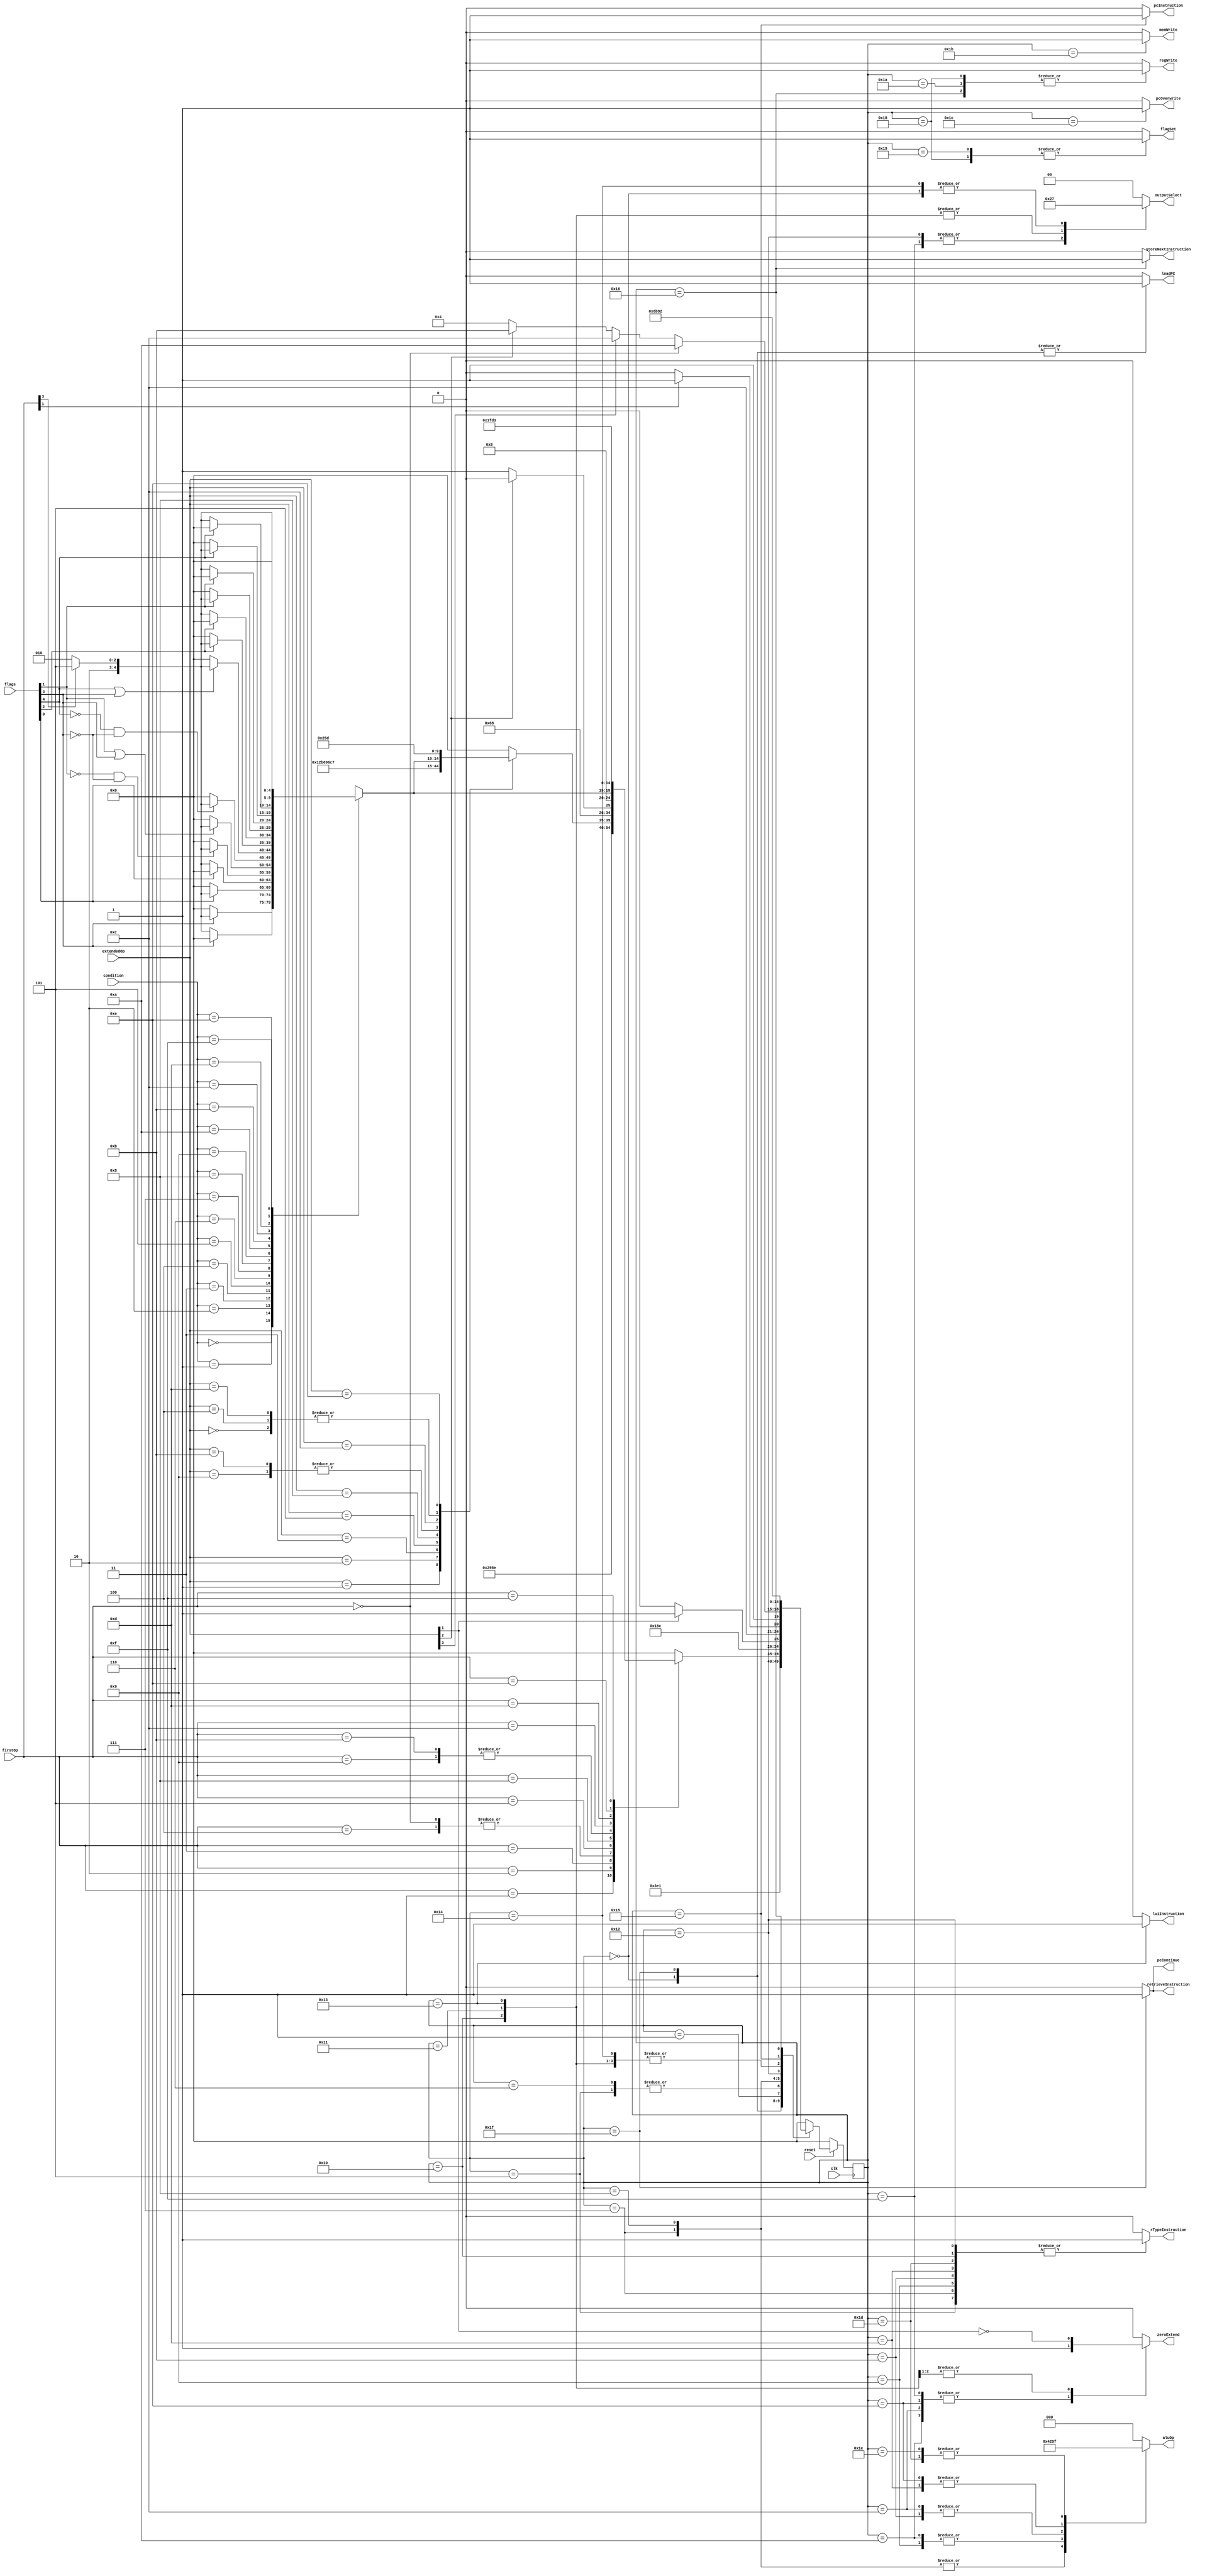
// CONTROLLER MODULE
/*************************************************************/
// 
// outputSelect is default 0 (result of the ALU)
// outputSelect = 01 (result of shifter [SHIFT])
// outputSelect = 10 (copies either RSrc or Immd [COPY])
// outputSelect = 11 (reads from memory [LOAD])
//
// FETCH - retrieveInstruction, pcContinue
// IF DOES NOT WORK, DO THIS
// FETCH1 - retrieveInstruction, LOAD
// FETCH2 - retrieveInstruction, pcContinue
//
// After the instruction is updated...
//
// DECODE - Look at OP CODE
// OP CODE
// 0000 - Look at EXTENDED OP CODE
// 0001 - ANDI -> WRITETOREG
// 0010 - ORI -> WRITETOREG
// 0011 - XORI -> WRITETOREG
// 0100 - Look at EXTENDED OP CODE
// 0101 - ADDI -> WRITEANDSETFLAGS
// 1000 - Look at SHIFTS
// 1001 - SUBI -> [Check OPCODE[1]] -> WRITEANDSETFLAGS
// 1011 - SUBI -> [Check OPCODE[1]] -> ONLYSETFLAGS (CMPI)
// 1100 - [Check Conditions] -> BRANCH -> WRITETOPC
// 1101 - MOVI -> WRITETOREG
// 1111 - LUI -> MEMLOAD -> WRITETOREG
// EXTENDED OP CODE
// 0000 - MOV -> [Check OPCODE[2]] -> MEMLOAD -> WRITETOREG (LOAD)
// 0001 - AND -> WRITETOREG
// 0010 - OR -> WRITETOREG
// 0011 - XOR -> WRITETOREG
// 0100 - MOV -> [Check OPCODE[2]] -> WRITETOMEM (STOR)
// 0101 - ADD -> WRITEANDSETFLAGS
// 1000 - JAL -> (MOV -> WRITETOPC) (JUMP)
// 1001 - SUB -> [Check OPCODE[1]] -> WRITEANDSETFLAGS
// 1011 - SUB -> [Check OPCODE[1]] -> ONLYSETFLAGS (CMP)
// 1100 - [Check Conditions] -> MOV -> WRITETOPC (JUMP)
// 1101 - MOV -> WRITETOREG
// SHIFTS
// 000s - SHFTI -> WRITETOREG (LSHI)
// 001s - SHFTI -> WRITETOREG (ASHUI)
// 0100 - SHFT -> WRITETOREG (LSH)
// 0110 - SHFT -> WRITETOREG (ASHU)
// SPECIAL
//
// [AT THE END OF EACH CHAIN, GO BACK TO FETCH (-> FETCH)]
// 
// SIMPLIFIED STATES
//
// ADD - rTypeInstruction, 000
// ADDI - 000
// MUL - rTypeInstruction, 111
// MULI - 111
// |
// v
// WRITEANDSETFLAGS - regWrite, flagSet
//
// SUB - rTypeInstruction, 100
// SUBI - 100
// | OPCODE[1] == 0
// v
// WRITEANDSETFLAGS - regWrite, flagSet
// | OPCODE[1] == 1
// v
// ONLYSETFLAGS - flagSet (CMP and CMPI)
//
// AND - rTypeInstruction, 001
// ANDI - zeroExtend, 001
// OR - rTypeInstruction, 010
// ORI - zeroExtend, 010
// XOR - rTypeInstruction, 011
// XORI - zeroExtend, 011
// MOV - rTypeInstruction, COPY
// MOVI - zeroExtend, COPY
// SHFT - rTypeInstruction, SHIFT, zeroExtend = !EXTENDEDOPCODE[1]
// SHFTI - SHIFT, zeroExtend = !EXTENDEDOPCODE[1]
// |
// v
// WRITETOREG - regWrite
//
// LUI - luiInstruction, SHIFT
// |
// v
// WRITETOREG - regWrite
//
// (LOAD)
// MOV - rTypeInstruction, COPY
// | OPCODE[2] == 0
// v
// MEMLOAD - LOAD
// |
// v
// WRITETOREG - regWrite
// 
// (STOR)
// MOV - rTypeInstruction, COPY
// | OPCODE[2] == 1
// v
// WRITETOMEM - memWrite
//
// [These next two instructions must have passed condition checks before executing]
// (JUMP)
// MOV - rTypeInstruction, COPY
// | OPCODE[3] == 1
// v
// WRITETOPC - pcOverwrite
//
// BRANCH - pcInstruction, 000
// |
// v
// WRITETOPC - pcOverwrite
//
// (JAL)
// JAL - storeNextInstruction, regWrite
// |
// v
// (JUMP)
// 
// [At the end of each instruction chain, go back to FETCH]
module controller(input clk, reset,
                  input [3:0] firstOp,
		  input [3:0] condition,
                  input [3:0] extendedOp,
                  input [4:0] flags,
                  output reg [2:0] aluOp,
                  output reg [1:0] outputSelect,
                  output reg regWrite, memWrite, luiInstruction, retrieveInstruction,
                             zeroExtend, pcContinue, pcOverwrite, flagSet, rTypeInstruction,
                             pcInstruction, storeNextInstruction, loadPC);
    
    // Parameters for states.
    parameter   FETCH1           = 5'b00000;
    parameter   FETCH2           = 5'b11111;
    parameter   DECODE           = 5'b00001;
    // parameter   SPECIALDECODE    = 5'b00010;
    // parameter   CONDITIONCHECK   = 5'b00011;
    // parameter   PASSCONDITION    = 5'b00100;
    parameter   ADD              = 5'b00101;
    parameter   ADDI             = 5'b00110;
    parameter   SUB              = 5'b00111;
    parameter   SUBI             = 5'b01000;
    parameter   AND              = 5'b01001;
    parameter   ANDI             = 5'b01010;
    parameter   OR               = 5'b01011;
    parameter   ORI              = 5'b01100;
    parameter   XOR              = 5'b01101;
    parameter   XORI             = 5'b01110;
    parameter   MOVI             = 5'b01111;
    parameter   SHFT             = 5'b10000;
    parameter   SHFTI            = 5'b10001;
    parameter   MOV              = 5'b10010;
    parameter   LUI              = 5'b10011;
    parameter   MEMLOAD          = 5'b10100;
    parameter   BRANCH           = 5'b10101;
    parameter   JAL              = 5'b10110;
    // parameter   JUMP             = 5'b10111;
    parameter   WRITEANDSETFLAGS = 5'b11000;
    parameter   ONLYSETFLAGS     = 5'b11001;
    parameter   WRITETOREG       = 5'b11010;
    parameter   WRITETOMEM       = 5'b11011;
    parameter   WRITETOPC        = 5'b11100;
    parameter   MUL              = 5'b11101;
    parameter   MULI             = 5'b11110;

    // Parameters for condition codes
    parameter EQ    = 4'b0000;
    parameter NE    = 4'b0001;
    parameter CS    = 4'b0010;
    parameter CC    = 4'b0011;
    parameter HI    = 4'b0100;
    parameter LS    = 4'b0101;
    parameter GT    = 4'b0110;
    parameter LE    = 4'b0111;
    parameter FS    = 4'b1000;
    parameter FC    = 4'b1001;
    parameter LO    = 4'b1010;
    parameter HS    = 4'b1011;
    parameter LT    = 4'b1100;
    parameter GE    = 4'b1101;
    parameter UC    = 4'b1110;
    parameter NJ    = 4'b1111;

    reg [4:0] state, nextstate; 

    // Assign flag bits for checking
    wire negative, zero, flag, low, carry;
    assign negative = flags[4];
    assign zero = flags[3];
    assign flag = flags[2];
    assign low = flags[1];
    assign carry = flags[0];

    // state register
    always @(posedge clk)
      if(~reset) state <= FETCH1;
      else state <= nextstate;

    // Functions for decoding
    // This function will check the extended op code
    function [4:0] specialDecode(input [3:0] extendedOpCode);
        case(extendedOpCode)
            4'b0000: specialDecode = MOV; // LOAD
            4'b0001: specialDecode = AND;
            4'b0010: specialDecode = OR;
            4'b0011: specialDecode = XOR;
            4'b0100: specialDecode = MOV; // STOR
            4'b0101: specialDecode = ADD;
            4'b1000: specialDecode = JAL;
            4'b1001: specialDecode = SUB;
            4'b1011: specialDecode = SUB;
            4'b1100: specialDecode = conditionCheck(condition);
            4'b1101: specialDecode = MOV;
            4'b1110: specialDecode = MUL;
            default: specialDecode = FETCH1; // should never happen
        endcase
    endfunction

    // This function will check the condition code
    function [4:0] conditionCheck(input [3:0] cond);
        case(cond)
            EQ: begin
                    if (zero) // EQUAL (EQ)
                        conditionCheck = passCondition(firstOp[3]);
                    else
                        conditionCheck = FETCH1;
                end
            NE: begin
                    if (!zero) // NOT EQUAL (NE)
                        conditionCheck = passCondition(firstOp[3]);
                    else
                        conditionCheck = FETCH1;
                end
            CS: begin
                    if (carry) // CARRY SET (CS)
                        conditionCheck = passCondition(firstOp[3]);
                    else
                        conditionCheck = FETCH1;
                end
            CC: begin
                    if (!carry) // CARRY CLEAR (CC)
                        conditionCheck = passCondition(firstOp[3]);
                    else
                        conditionCheck = FETCH1;
                end
            HI: begin
                    if (!low && !zero) // HIGHER THAN (HI)
                        conditionCheck = passCondition(firstOp[3]);
                    else
                        conditionCheck = FETCH1;
                end
            LS: begin
                    if (low || zero) // LOWER THAN OR SAME AS (LS)
                        conditionCheck = passCondition(firstOp[3]);
                    else
                        conditionCheck = FETCH1;
                end
            GT: begin
                    if (!negative && !zero) // GREATER THAN (GT)
                        conditionCheck = passCondition(firstOp[3]);
                    else
                        conditionCheck = FETCH1;
                end
            LE: begin
                    if (negative || zero) // LESS THAN OR EQUAL (LE)
                        conditionCheck = passCondition(firstOp[3]);
                    else
                        conditionCheck = FETCH1;
                end
            FS: begin
                    if (flag) // FLAG SET (FS)
                        conditionCheck = passCondition(firstOp[3]);
                    else
                        conditionCheck = FETCH1;
                end
            FC: begin
                    if (!flag) // FLAG CLEAR (FC)
                        conditionCheck = passCondition(firstOp[3]);
                    else
                        conditionCheck = FETCH1;
                end
            LO: begin
                    if (low) // LOWER THAN (LO)
                        conditionCheck = passCondition(firstOp[3]);
                    else
                        conditionCheck = FETCH1;
                end
            HS: begin
                    if (!low) // HIGHER THAN OR SAME AS (HS)
                        conditionCheck = passCondition(firstOp[3]);
                    else
                        conditionCheck = FETCH1;
                end
            LT: begin
                    if (negative) // LESS THAN (LT)
                        conditionCheck = passCondition(firstOp[3]);
                    else
                        conditionCheck = FETCH1;
                end
            GE: begin
                    if (!negative) // GREATER THAN OR EQUAL (GE)
                        conditionCheck = passCondition(firstOp[3]);
                    else
                        conditionCheck = FETCH1;
                end
            UC: conditionCheck = passCondition(firstOp[3]); // UNCONDITIONAL (UC)
            NJ: conditionCheck = FETCH1; // NEVER JUMP ()
            default: conditionCheck = FETCH1; // should never happen
        endcase
    endfunction

    // This function will decide a branch or jump
    function [4:0] passCondition(input startBranch);
        if (startBranch) passCondition = BRANCH;
        else passCondition = MOV; // Jump
    endfunction       

    // next state logic (combinational)
    always @(*)
      begin
         case(state)
            FETCH1:  nextstate <= FETCH2;
            FETCH2:  nextstate <= DECODE;
            DECODE:  case(firstOp)
                        4'b0000: nextstate <= specialDecode(extendedOp); // R-Type Instructions
                        4'b0001: nextstate <= ANDI;
                        4'b0010: nextstate <= ORI;
                        4'b0011: nextstate <= XORI;
						4'b0100: nextstate <= specialDecode(extendedOp); // Special Instructions
                        4'b0101: nextstate <= ADDI;
                        4'b1000: begin
                                if (extendedOp[2]) nextstate <= SHFT; // LSH, ASHU
                                else nextstate <= SHFTI; // LSHI, ASHUI 
                            end
                        4'b1001: nextstate <= SUBI;
                        4'b1011: nextstate <= SUBI;
                        4'b1100: nextstate <= conditionCheck(condition);
                        4'b1101: nextstate <= MOVI;
                        4'b1110: nextstate <= MULI;
                        4'b1111: nextstate <= LUI;
                        default: nextstate <= FETCH1; // should never happen
                     endcase
            ADD: nextstate <= WRITEANDSETFLAGS;
            ADDI: nextstate <= WRITEANDSETFLAGS;
            SUB: begin
                    if (extendedOp[1]) nextstate <= ONLYSETFLAGS; // CMP
                    else nextstate <= WRITEANDSETFLAGS; // SUB
                end
            SUBI: begin
                    if (firstOp[1]) nextstate <= ONLYSETFLAGS; // CMPI
                    else nextstate <= WRITEANDSETFLAGS; // SUBI
                end
            AND: nextstate <= WRITETOREG;
            ANDI: nextstate <= WRITETOREG;
            OR: nextstate <= WRITETOREG;
            ORI: nextstate <= WRITETOREG;
            XOR: nextstate <= WRITETOREG;
            XORI: nextstate <= WRITETOREG;
            MUL: nextstate <= WRITETOREG;
            MULI: nextstate <= WRITETOREG;
            MOVI: nextstate <= WRITETOREG;
            SHFT: nextstate <= WRITETOREG;
            SHFTI: nextstate <= WRITETOREG;
            MOV: begin
                    if (firstOp == 4'b0000) nextstate <= WRITETOREG; // MOV
                    else begin
                        if (extendedOp[3]) nextstate <= WRITETOPC; // JUMP
                        else if (extendedOp[2]) nextstate <= WRITETOMEM; // STOR
                        else nextstate <= MEMLOAD; // LOAD
                    end
                end
            LUI: nextstate <= WRITETOREG;
            MEMLOAD: nextstate <= WRITETOREG;
            BRANCH: nextstate <= WRITETOPC;
            JAL: nextstate <= MOV; // Performs a jump
            WRITEANDSETFLAGS: nextstate <= FETCH1;
            ONLYSETFLAGS: nextstate <= FETCH1;
            WRITETOREG: nextstate <= FETCH1;
            WRITETOMEM: nextstate <= FETCH1;
            WRITETOPC: nextstate <= FETCH1;
            default: nextstate <= FETCH1; // should never happen
         endcase
      end

    // This combinational block generates the outputs from each state. 
    always @(*) begin
         // Set all outputs to 0.
	  aluOp                <= 3'b000;
	  outputSelect         <= 2'b00;
	  regWrite             <= 0;
	  memWrite             <= 0;
	  luiInstruction       <= 0;
	  retrieveInstruction  <= 0;
	  zeroExtend           <= 0;
	  pcContinue           <= 0;
	  pcOverwrite          <= 0;
	  flagSet              <= 0;
	  rTypeInstruction     <= 0;
	  pcInstruction        <= 0;
	  storeNextInstruction <= 0;
      loadPC               <= 0;
	  // Based on state, set outputs.
          case (state)
		FETCH1: begin
				loadPC <= 1;
				outputSelect <= 2'b11; //LOAD				
			end
        FETCH2: begin
                loadPC <= 1;
                retrieveInstruction <= 1;
                pcContinue <= 1;
            end
		DECODE: begin
				// No flags - does nothing
			end
		ADD: begin
				rTypeInstruction <= 1;
				aluOp <= 3'b000;
			end
		ADDI: begin
				aluOp <= 3'b000;
			end
		SUB: begin
				rTypeInstruction <= 1;
				aluOp <= 3'b100;
			end
		SUBI: begin
				aluOp <= 3'b100;
			end
		AND: begin
				rTypeInstruction <= 1;
				aluOp <= 3'b001;
			end
		ANDI: begin
				zeroExtend <= 1;
				aluOp <= 3'b001;
			end
		OR: begin
				rTypeInstruction <= 1;
				aluOp <= 3'b010;
			end
		ORI: begin
				zeroExtend <= 1;
				aluOp <= 3'b010;
			end
		XOR: begin
				rTypeInstruction <= 1;
				aluOp <= 3'b011;
			end
		XORI: begin
				zeroExtend <= 1;
				aluOp <= 3'b011;
			end
        MUL: begin
                rTypeInstruction <= 1;
                aluOp <= 3'b111;
            end
        MULI: begin
                aluOp <= 3'b111;
            end
		MOVI: begin
				zeroExtend <= 1;
				outputSelect <= 2'b10; //COPY
			end
		SHFT: begin
				rTypeInstruction <= 1;
                zeroExtend <= !extendedOp[1]; // LSH = 1, ASHU = 0
				outputSelect <= 2'b01; //SHIFT
			end
		SHFTI: begin
                zeroExtend <= !extendedOp[1]; // LSHI = 1, ASHU = 0
				outputSelect <= 2'b01; //SHIFT					
			end
		MOV: begin
				rTypeInstruction <= 1;
				outputSelect <= 2'b10; //COPY
			end
		LUI: begin
				luiInstruction <= 1;
				outputSelect <= 2'b01; //SHIFT
			end
		MEMLOAD: begin
				outputSelect <= 2'b11; //LOAD
			end
		BRANCH: begin
				pcInstruction <= 1;
			end
		JAL: begin
				storeNextInstruction <= 1;
				regWrite <= 1;
			end
		WRITEANDSETFLAGS: begin
				regWrite <= 1;
				flagSet <= 1;
			end
		ONLYSETFLAGS: begin
				flagSet <= 1; //CMP and CMPI
			end
		WRITETOREG: begin
				regWrite <= 1;
			end
		WRITETOMEM: begin
				memWrite <= 1;
			end
		WRITETOPC: begin
				pcOverwrite <= 1;
			end		
		default: begin
			// does nothing
			end
      endcase
    end

endmodule